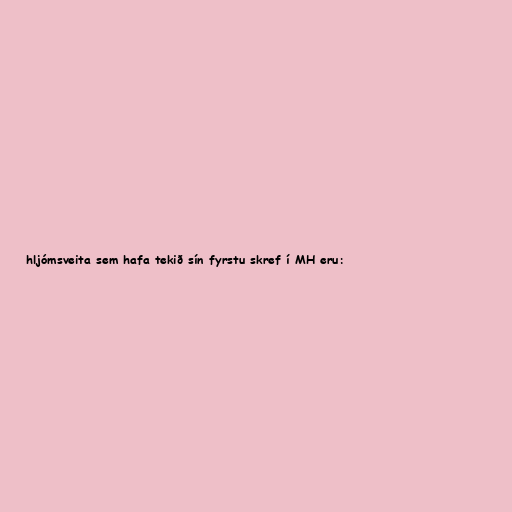
hljómsveita sem hafa tekið sín fyrstu skref í MH eru: